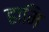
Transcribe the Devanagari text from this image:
हामि